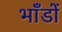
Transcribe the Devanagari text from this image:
भाँडों